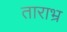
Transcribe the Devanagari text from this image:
ताराभ्र